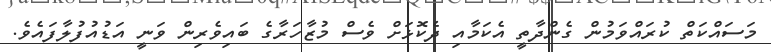
މަސައްކަތް ކުރައްވަމުން ގެންދާތީ އެކަމާއި ދެކޮޅަށް ވެސް މުޒާހަރާގެ ބައިވެރިން ވަނީ އަޑުއުފުލާފައެވެ.